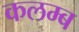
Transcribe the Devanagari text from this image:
कलम्ब